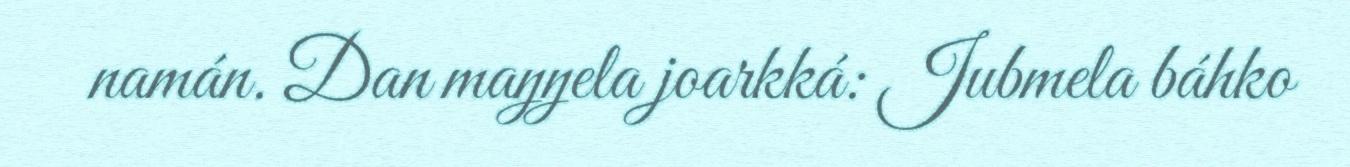
namán. Dan maŋŋela joarkká: Jubmela báhko